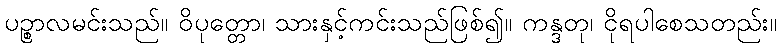
ပဉ္စာလမင်းသည်။ ဝိပုတ္တော၊ သားနှင့်ကင်းသည်ဖြစ်၍။ ကန္ဒတု၊ ငိုရပါစေသတည်း။